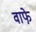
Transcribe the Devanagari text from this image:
वाफे़